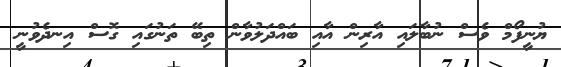
ޔުނީފޯމް ވެސް ނުބާލައި އާރިން އާއި ބައްދަލުވާން ތިބޭ ތަނުގައި ގޮސް އިނދެވުނީ